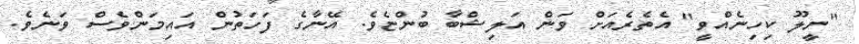
"ނީލޫ ކިހިނެއްވީ" އެތެރެއަށް ވަން އަލިޝްބާ ބުންޏެވެ. އޭނާގެ ފަހަތުން އައިމަންވެސް ވަނެވެ.